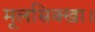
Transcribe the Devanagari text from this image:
मूलसिक्खा।